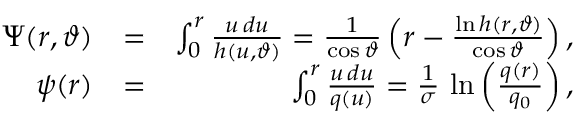
\begin{array} { r l r } { \Psi ( r , \vartheta ) } & { = } & { \int _ { 0 } ^ { r } \frac { u \, d u } { h ( u , \vartheta ) } = \frac { 1 } { \cos { \vartheta } } \left( r - \frac { \ln h ( r , \vartheta ) } { \cos \vartheta } \right) , } \\ { \psi ( r ) } & { = } & { \int _ { 0 } ^ { r } \frac { u \, d u } { q ( u ) } = \frac { 1 } { \sigma } \, \ln \left( \frac { q ( r ) } { q _ { 0 } } \right) , } \end{array}